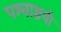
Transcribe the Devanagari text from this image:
पश्वाश्रयी